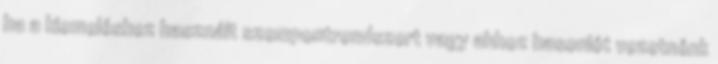
ha a kiemeléshez használt szempontrendszert vagy ahhoz hasonlót vezetnénk